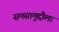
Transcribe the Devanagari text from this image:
समसामुद्दौला